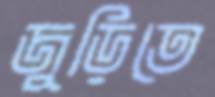
জুড়িতে